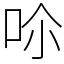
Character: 𠰒